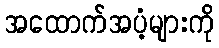
အထောက်အပံ့များကို